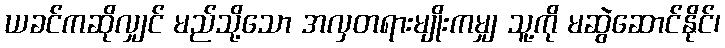
ယခင်ကဆိုလျှင် မည်သို့သော အလှတရားမျိုးကမျှ သူ့ကို မဆွဲဆောင်နိုင်၊